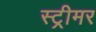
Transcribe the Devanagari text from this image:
स्ट्रीमर